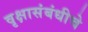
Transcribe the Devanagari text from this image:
वृक्षासंबंधीचे